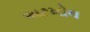
અટખોલ